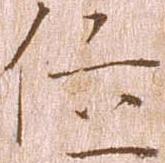
位